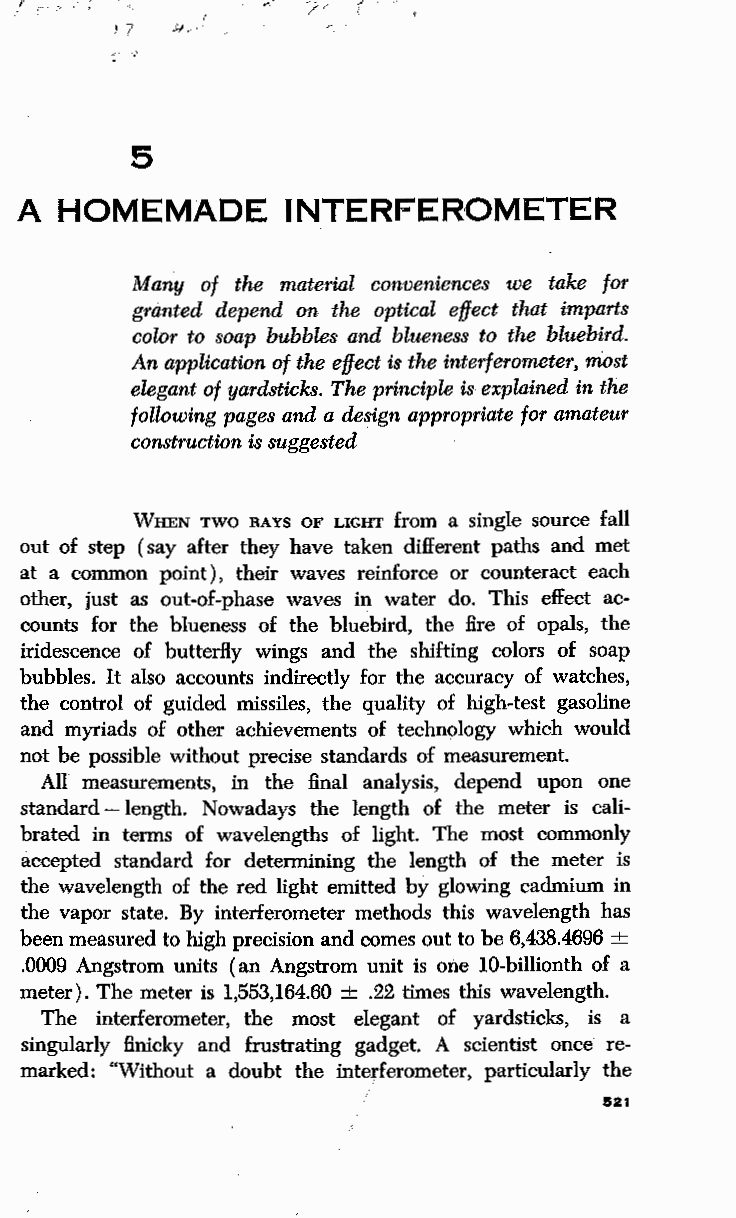
J 7 ?!. .
 5
 A  HOMEMADE       INTERFEROMETER
 Many of the material conveniences we take for
 granted depend on the optical effect that imparts
 color to soap bubbles and blueness to the bluebird.
 An application of the effect is the interferometer, most
 elegant of yardsticks. The principle is explained in the
 following pages and a design appropriate for amateur
 construction is suggested
 WHEN TWO RAYS OF LIGHT from a single source fall
 out of step (say after they have taken different paths and met
 at a common point), their waves reinforce or counteract each
 other, just as out-of-phase waves in water do. This effect ac
 counts for the blueness of the bluebird, the fire of opals, the
 iridescence of butterfly wings and the shifting colors of soap
 bubbles. It also accounts indirectly for the accuracy of watches,
 the control of guided missiles, the quality of high-test gasoline
 and myriads of other achievements of technology which would
 not be possible without precise standards of measurement.
 All measurements, in the final analysis, depend upon one
 standard -length. Nowadays the length of the meter is cali
 brated in terms of wavelengths of light. The most commonly
 accepted standard for determining the length of the meter is
 the wavelength of the red light emitted by glowing cadmium in
 the vapor state. By intederometer methods this wavelength has
 been measured to high precision and comes out to be 6,438.4696 +
 .0009 Angstrom units (an Angstrom unit is one 10-billionth of a
 meter). The meter is 1,553,164.60 + .22 times this wavelength.
 The interferometer, the most elegant of yardsticks, is a
 singularly finicky and frustrating gadget. A scientist once re
 marked: "Without a doubt the interferometer, particularly the
 521